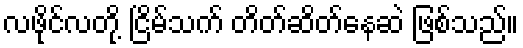
လဖိုင်လတို့ ငြိမ်သက် တိတ်ဆိတ်နေဆဲ ဖြစ်သည်။